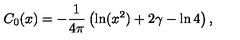
C _ { 0 } ( x ) = - \frac { 1 } { 4 \pi } \left( \ln ( x ^ { 2 } ) + 2 \gamma - \ln 4 \right) ,